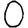
Digit: 0